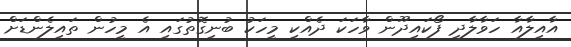
އާއިލާއާ ހަވާލާދީ ފޯކައިދޫން ވާހަކަ ދެއްކި މީހަކު ބުނިގޮތުގައި އެ މީހުން ތައިލެންޑަށް